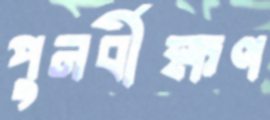
পুনর্বীক্ষণ